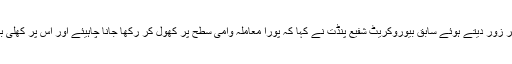
اس تنازے پر وسیع بحث و مباحثے کی ضرورت پر زور دیتے ہوئے سابق بیوروکریٹ شفیع پنڈت نے کہا کہ پورا معاملہ وامی سطح پر کھول کر رکھا جانا چاہیئے اور اس پر کھلی بحث ہونے کے بعد ہی کوئی فیصلہ لیا جانا چاہیئے۔